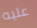
عليه